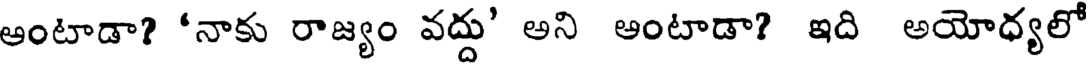
ఆంటాడా? 'నాకు రాజ్యం వద్దు' అని ఆంటాడా? ఇది అయోధ్యలో